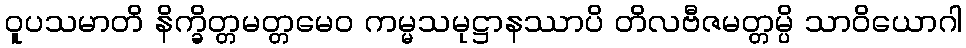
ဝူပသမာတိ နိက္ခိတ္တမတ္တမေဝ ကမ္မသမုဋ္ဌာနဿာပိ တိလဗီဇမတ္တမ္ပိ သာဝိယောဂါ